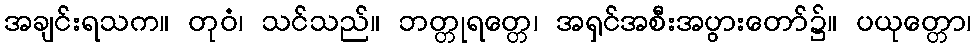
အချင်းရသက။ တုဝံ၊ သင်သည်။ ဘတ္တုရတ္တေ၊ အရှင်အစီးအပွားတော်၌။ ပယုတ္တော၊